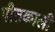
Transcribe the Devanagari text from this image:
पीठकाली